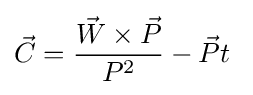
{\vec {C}}={{\vec {W}}\times {\vec {P}} \over P^{2}}-{\vec {P}}t~